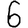
Digit: 6